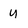
Character: U